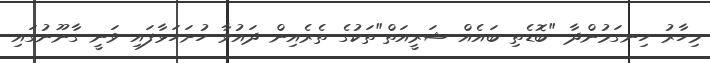
މިހާރު ހިނގަމުންދާ "ބޮޑެތި ބައެއް ޝަރީއަތް"ތަކުގެ ތެރެއިން ދައުވާ ހުށަހަޅާފައި ވަނީ ގާނޫނުގައި